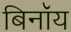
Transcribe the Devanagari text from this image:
बिनॉय